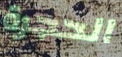
الحجرة